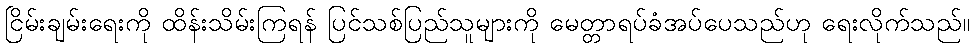
ငြိမ်းချမ်းရေးကို ထိန်းသိမ်းကြရန် ပြင်သစ်ပြည်သူများကို မေတ္တာရပ်ခံအပ်ပေသည်ဟု ရေးလိုက်သည်။